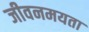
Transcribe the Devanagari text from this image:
जीवनमयता